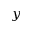
y